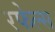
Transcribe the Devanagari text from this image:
रफेल्स